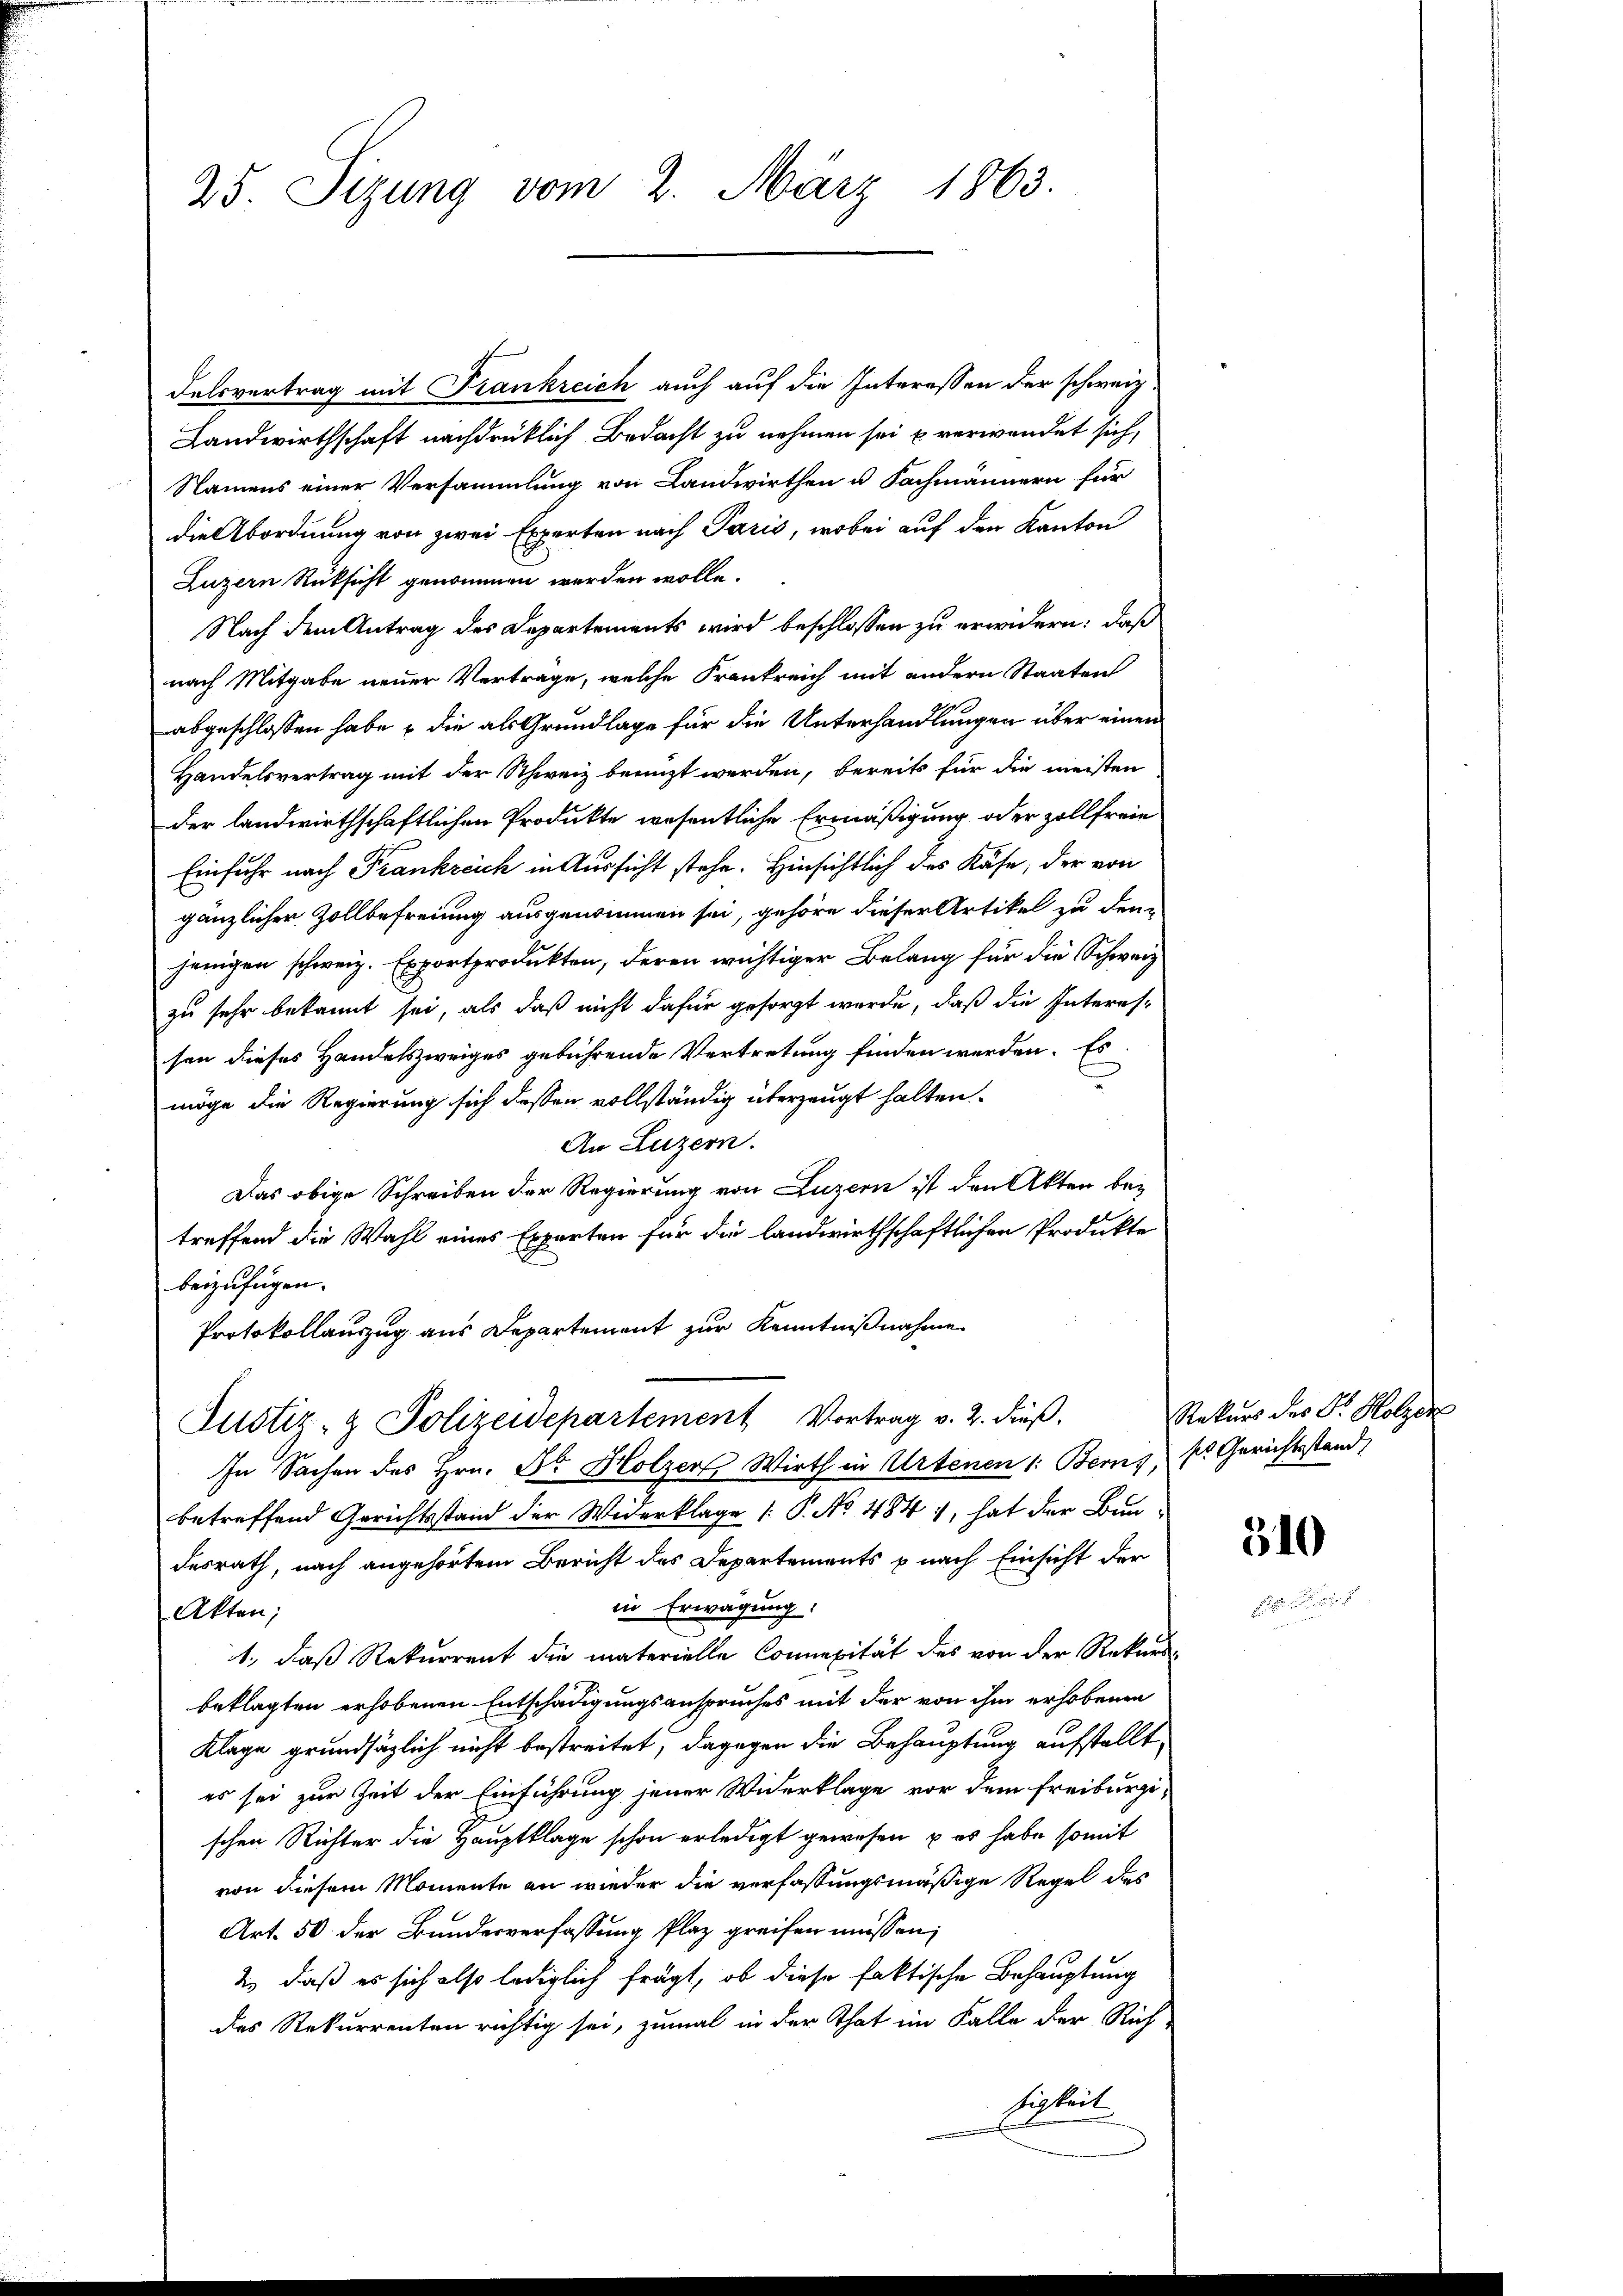
Felsvertrag mit Frankreich auch auf die Interessen der schweiz
Landwirthschaft nachdrücklich Bedacht zu nehmen sei u verwendet sich,
Namens einer Versammlung von Landwirthen u. Fachmännern für
die Abordnung von zwei Experten nach Paris, wobei auf den Kanton
Luzern Rüksicht genommen werden wolle.
Nach dem Antrag des Departements wird beschlossen zu erwidern: daß
nach Mitgabe neuer Vertrage, welche Frankreich mit andern Staaten
abgeschlossen habe, die als Grundlage für die Unterhandlungen über einen
Handelsvertrag mit der Schweiz benuzt werden, bereits für die meisten
der landwirthschaftlichen Produkte wesentliche Ermäßigung oder Zollfreie
Einfuhr nach Frankreich in Aussicht stehe. Hinsichtlich des Käse, der von
gänzlicher Zollbefreiung ausgenommen sei, gehöre dieser Artikel zu den
jenigen schweiz. Exportprodukten, deren wichtiger Belang für die Schweiz
zu sehr bekannt sei, als daß nicht dafür gesorgt werde, daß die Interessen dieses Handelszweiges gebührende Vertretung finden werden. Es
möge die Regierung sich dessen vollständig überzeugt halten.
An Luzern.
Das obige Schreiben der Regierung von Luzern ist den Akten bei
treffend die Wahl eines Experten für die landwirthschaftlichen Produkte
beizufügen.
Protokollauszug aus Departement zur Kenntnißnahme
Justiz- & Polizeidepartement Vortrag v. 2. dieß.
In Sachen des Hrn. Dr Holzer Wirth in Artenen 1: Berns, s. Gerichtsstand,
betreffend Gerichtsstand der Widerklage /: P. No 484), hat der Bundesrath, nach angehörtem Bericht des Departements p nach Einsicht der
in Erwägung:
Akten;
1., daß Rekurrent die materielle Concepität des von der Rekursbeklagten erhobenen Entschädigungsanspruches mit der von ihm erhobenen
Klage grundsätzlich nicht bestreitet, dagegen die Behauptung aufstellt,
es sei zur Zeit der Einführung jener Widerklage vor dem Freiburgischen Richter die Hauptklage schon erledigt gewesen, u es habe somit
von diesem Momente an wieder die verfassungsmäßige Regel des
Art. 50 der Bundesverfassung Plaz greifen müssen;
2. daß es sich also lediglich frägt, ob diese faktische Behauptung
des Rekurrenten richtig sei, zumal in der That im Falle der Rich-
higkeit

25. Sizung vom 2. März 1863.

Rekurs des Dr. Holzen

310